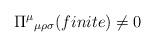
LaTeX: \begin{align*}\Pi^{\mu}{}_{\mu\rho\sigma}(finite)\neq0\end{align*}